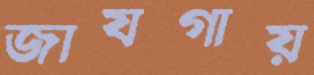
জাযগায়